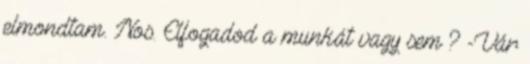
elmondtam. Nos. Elfogadod a munkát vagy sem ? -Vár